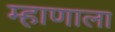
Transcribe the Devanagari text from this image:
म्हाणाला